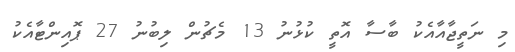
މި ނަތީޖާއާއެކު ބާސާ އޮތީ ކުޅުނު 13 މެޗުން ލިބުނު 27 ޕޮއިންޓާއެކު